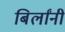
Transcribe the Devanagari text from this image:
बिर्लांनी